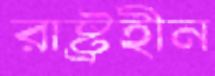
রাষ্ট্রহীন